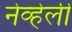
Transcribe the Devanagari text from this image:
नेव्हेली